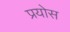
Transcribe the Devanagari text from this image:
प्रयोस